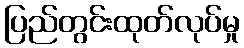
ပြည်တွင်းထုတ်လုပ်မှု